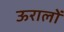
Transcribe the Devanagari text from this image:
ऊरालों